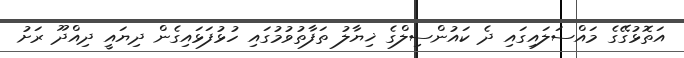
އަތޮޅުގޭގެ މައްސަލައިގައި ދެ ކައުންސިލްގެ ޚިޔާލު ތަފާތުވުމުގައި ހުޅުފަޅައިގެން ދިޔައީ ދިއްދޫ ރަށު